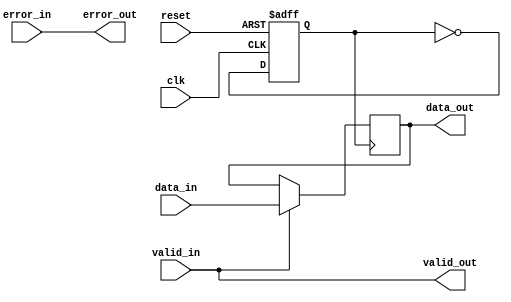
module USB_controller(
    input wire clk,
    input wire reset,
    input wire [7:0] data_in,
    output wire [7:0] data_out,
    input wire valid_in,
    output wire valid_out,
    input wire error_in,
    output wire error_out
);

// Clock Generation Module
reg clk_gen;

always @(posedge clk or posedge reset)
begin
    if(reset)
        clk_gen <= 1'b0;
    else
        clk_gen <= ~clk_gen;
end

// Data Synchronization Module
reg [7:0] data_reg;

always @(posedge clk_gen)
begin
    if(valid_in)
        data_reg <= data_in;
end

assign data_out = data_reg;
assign valid_out = valid_in;
assign error_out = error_in;

// Control Logic Module
reg [2:0] state;

always @(posedge clk_gen)
begin
    case(state)
        3'b000: begin
                    // First state logic
                    state <= 3'b001;
                end
        3'b001: begin
                    // Second state logic
                    state <= 3'b010;
                end
        3'b010: begin
                    // Third state logic
                    state <= 3'b000;
                end
    endcase
end

endmodule